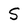
Character: S